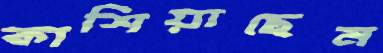
কাশিয়াছেন